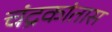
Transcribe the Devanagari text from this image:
चंद्रकांतास